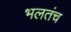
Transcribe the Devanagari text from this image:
भलतंच